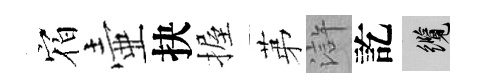
𪧐壷抉握苐滸訖纜